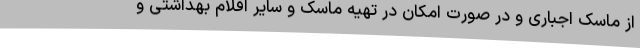
از ماسک اجباری و در صورت امکان در تهیه ماسک و سایر اقلام بهداشتی و